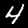
Digit: 4